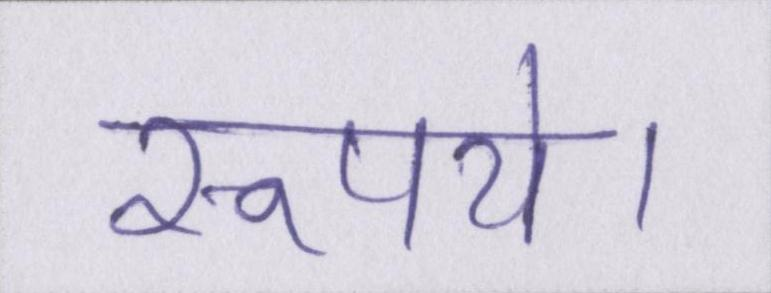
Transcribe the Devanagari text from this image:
रूपये।